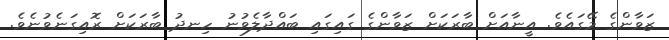
ޒަވާންގެ މޭގައެވެ. އީނާއަށް ބާރަކަށް ޒަވާންގެ ގައިގައި ބައްދާލެވުނު ހިނދު ބާރަކަށް ރޮއިގަނެވުނެވެ.